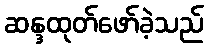
ဆန္ဒထုတ်ဖော်ခဲ့သည်